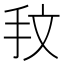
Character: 𢪖